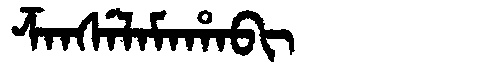
Manchu: ᡯᠠᠨᠰᡝᠯᠠᠮᠠᡥᠠᠪᡳ
Romanization: DZANSELAMAHABI